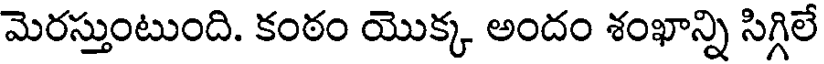
మెరస్తుంటుంది. కంఠం యొక్క అందం శంఖాన్ని సిగ్గిలే